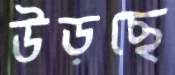
উড়ছে